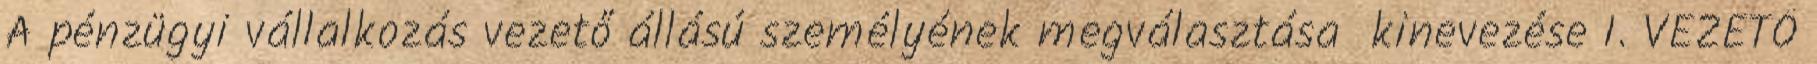
A pénzügyi vállalkozás vezető állású személyének megválasztása kinevezése I. VEZETŐ